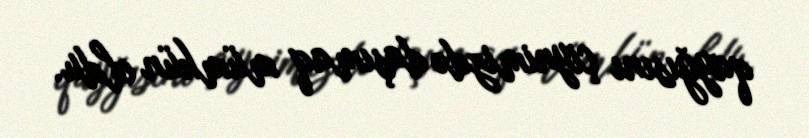
qayğısını çiynimizdə daşımaq mümkün oldu.